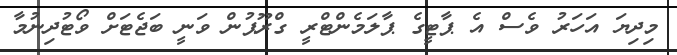
މިދިޔަ އަހަރު ވެސް އެ ޕާޓީގެ ޕާލަމެންޓްރީ ގްރޫޕުން ވަނީ ބަޖެޓަށް ވޯޓުދިނުމާ